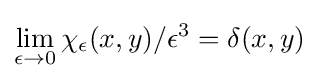
\lim _{\epsilon \rightarrow 0}\chi _{\epsilon }(x,y)/\epsilon ^{3}=\delta (x,y)